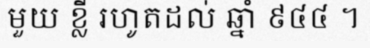
មួយ ខ្លី រហូតដល់ ឆ្នាំ ៩៤៤ ។